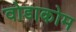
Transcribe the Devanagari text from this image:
वोडाकोम